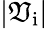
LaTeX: |\mathfrak{V}_{\mathrm{{i}}}|